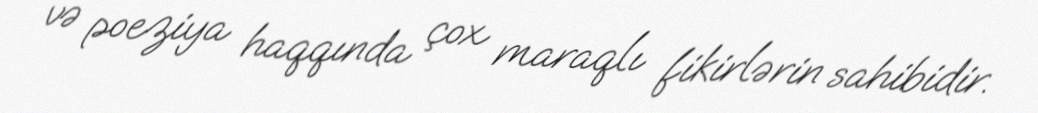
və poeziya haqqında çox maraqlı fikirlərin sahibidir.